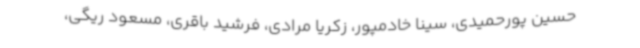
حسین پورحمیدی، سینا خادمپور، زکریا مرادی، فرشید باقری، مسعود ریگی،